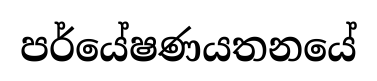
පර්යේෂණයතනයේ